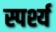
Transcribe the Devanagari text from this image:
स्पर्श्य